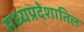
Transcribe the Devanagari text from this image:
मध्यप्रदेशातिल